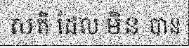
សតិ ដែល មិន បាន